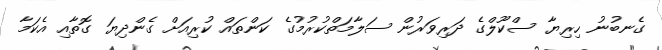
ގެނބުނު ހިރިޔާ ސްކޫލްގެ ދަރިވަރުން ސަލާމަތްކުރުމުގެ ކަންތައް ކުރިއަށް ގެންދިޔަ ގޮތާއި އެކަމާ